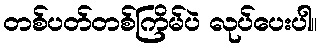
တစ်ပတ်တစ်ကြိမ်ပဲ လုပ်ပေးပါ။